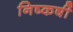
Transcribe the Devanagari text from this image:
निष्कर्षी